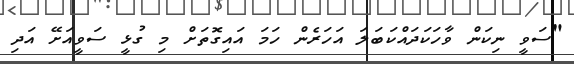
"ސަވީ ނިކަން ވާހަކަދައްކަބަލަ އަހަރެން ހަމަ އައިގޮތަށް މި ގުޅީ ސަވީއަށޭ އަދި